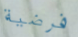
فرضية